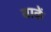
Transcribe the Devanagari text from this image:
बाकें